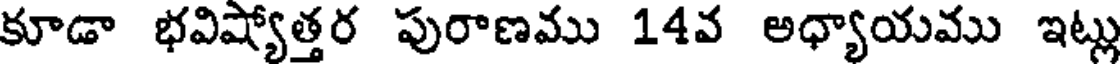
కూడా భవిష్యోత్తర పురాణము 14వ అధ్యాయము ఇట్లు